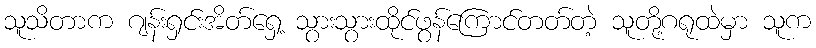
သူသိတာက ဂျန်းရှင်းအိတ်ရှေ့ သွားသွားထိုင်ဖွန်ကြောင်တတ်တဲ့ သူတို့ဂရုထဲမှာ သူက